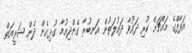
އަފާފްގެ މައްޗަށް ކުރި ދައުވާ ދައުލަތުން އަނބުރާ ގެންދިއުމާ ގުޅިގެން ދެން ޝަރީއަތް